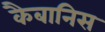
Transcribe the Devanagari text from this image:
कैबानिस